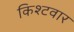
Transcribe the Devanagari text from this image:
किश्टवार